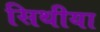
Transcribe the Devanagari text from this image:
सिथीया